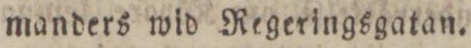
manders wid Regeringsgatan.